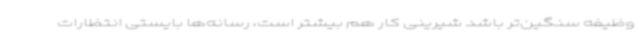
وظیفه سنگین‌تر باشد شیرینی کار هم بیشتر است، رسانه‌ها بایستی انتظارات